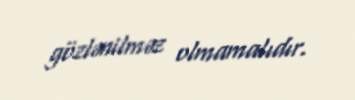
gözlənilməz olmamalıdır.